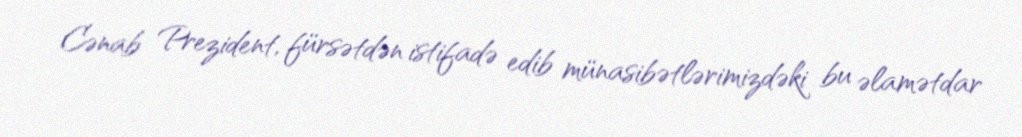
Cənab Prezident, fürsətdən istifadə edib münasibətlərimizdəki bu əlamətdar